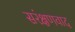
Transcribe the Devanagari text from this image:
सरंक्षणवाद